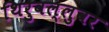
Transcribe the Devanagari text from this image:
थिरुवल्लुवर